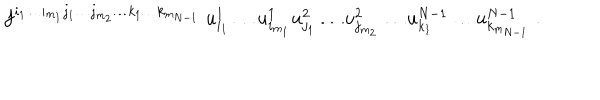
LaTeX: f ^ { i _ { 1 } \ldots i _ { m _ { 1 } } j _ { 1 } \ldots j _ { m _ { 2 } } \ldots k _ { 1 } \ldots k _ { m _ { N - 1 } } } \; u _ { i _ { 1 } } ^ { 1 } \ldots u _ { i _ { m _ { 1 } } } ^ { 1 } u _ { j _ { 1 } } ^ { 2 } \ldots u _ { j _ { m _ { 2 } } } ^ { 2 } \ldots u _ { k _ { 1 } } ^ { N - 1 } \ldots u _ { k _ { m _ { N - 1 } } } ^ { N - 1 } \; .